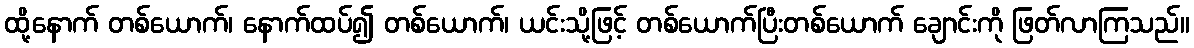
ထို့နောက် တစ်ယောက်၊ နောက်ထပ်၍ တစ်ယောက်၊ ယင်းသို့ဖြင့် တစ်ယောက်ပြီးတစ်ယောက် ချောင်းကို ဖြတ်လာကြသည်။